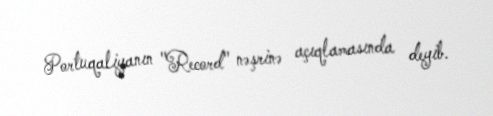
Portuqaliyanın "Record" nəşrinə açıqlamasında deyib.